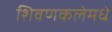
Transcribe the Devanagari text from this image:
शिवणकलेमधे